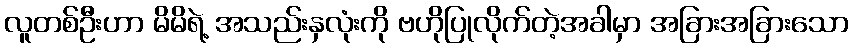
လူတစ်ဦးဟာ မိမိရဲ့ အသည်းနှလုံးကို ဗဟိုပြုလိုက်တဲ့အခါမှာ အခြားအခြားသော